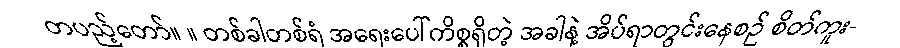
တပည့်တော်။ ။ တစ်ခါတစ်ရံ အရေးပေါ်ကိစ္စရှိတဲ့ အခါနဲ့ အိပ်ရာတွင်းနေစဉ် စိတ်ကူး-